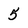
Character: 5